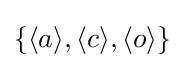
\{\langle a\rangle ,\langle c\rangle ,\langle o\rangle \}